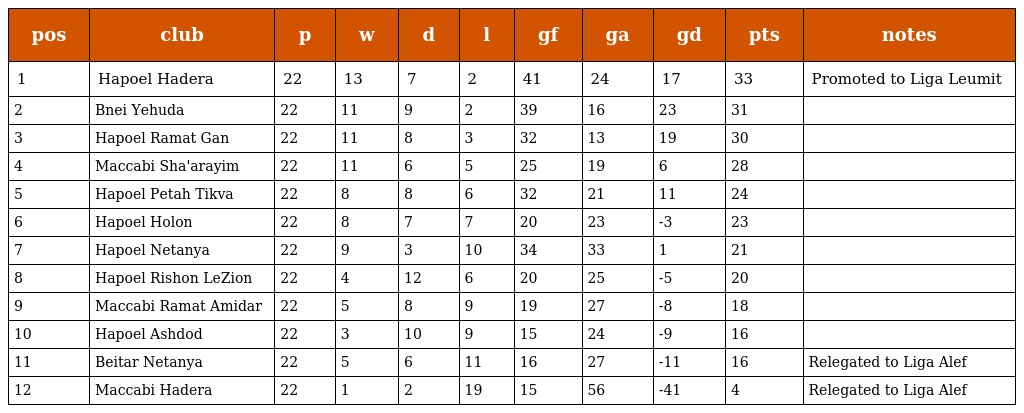
| pos | club | p | w | d | l | gf | ga | gd | pts | notes |
 | --- | --- | --- | --- | --- | --- | --- | --- | --- | --- | --- |
 | 1 | Hapoel Hadera | 22 | 13 | 7 | 2 | 41 | 24 | 17 | 33 | Promoted to Liga Leumit |
 | 2 | Bnei Yehuda | 22 | 11 | 9 | 2 | 39 | 16 | 23 | 31 |  |
 | 3 | Hapoel Ramat Gan | 22 | 11 | 8 | 3 | 32 | 13 | 19 | 30 |  |
 | 4 | Maccabi Sha'arayim | 22 | 11 | 6 | 5 | 25 | 19 | 6 | 28 |  |
 | 5 | Hapoel Petah Tikva | 22 | 8 | 8 | 6 | 32 | 21 | 11 | 24 |  |
 | 6 | Hapoel Holon | 22 | 8 | 7 | 7 | 20 | 23 | -3 | 23 |  |
 | 7 | Hapoel Netanya | 22 | 9 | 3 | 10 | 34 | 33 | 1 | 21 |  |
 | 8 | Hapoel Rishon LeZion | 22 | 4 | 12 | 6 | 20 | 25 | -5 | 20 |  |
 | 9 | Maccabi Ramat Amidar | 22 | 5 | 8 | 9 | 19 | 27 | -8 | 18 |  |
 | 10 | Hapoel Ashdod | 22 | 3 | 10 | 9 | 15 | 24 | -9 | 16 |  |
 | 11 | Beitar Netanya | 22 | 5 | 6 | 11 | 16 | 27 | -11 | 16 | Relegated to Liga Alef |
 | 12 | Maccabi Hadera | 22 | 1 | 2 | 19 | 15 | 56 | -41 | 4 | Relegated to Liga Alef |